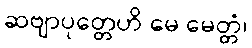
ဆဗျာပုတ္တေဟိ မေ မေတ္တံ၊